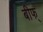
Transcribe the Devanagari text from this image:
बीफ्